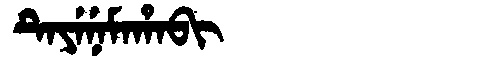
Manchu: ᡨᡝᠶᡝᠨᡝᠮᠠᡥᠠᠪᡳ
Romanization: TEYENEMAHABI